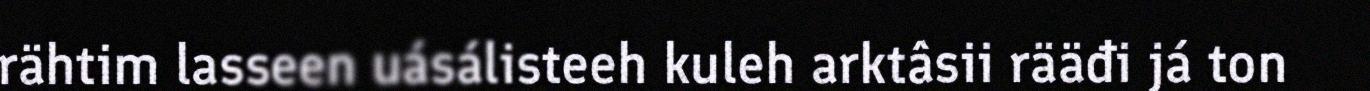
rähtim lasseen uásálisteeh kuleh arktâsii rääđi já ton